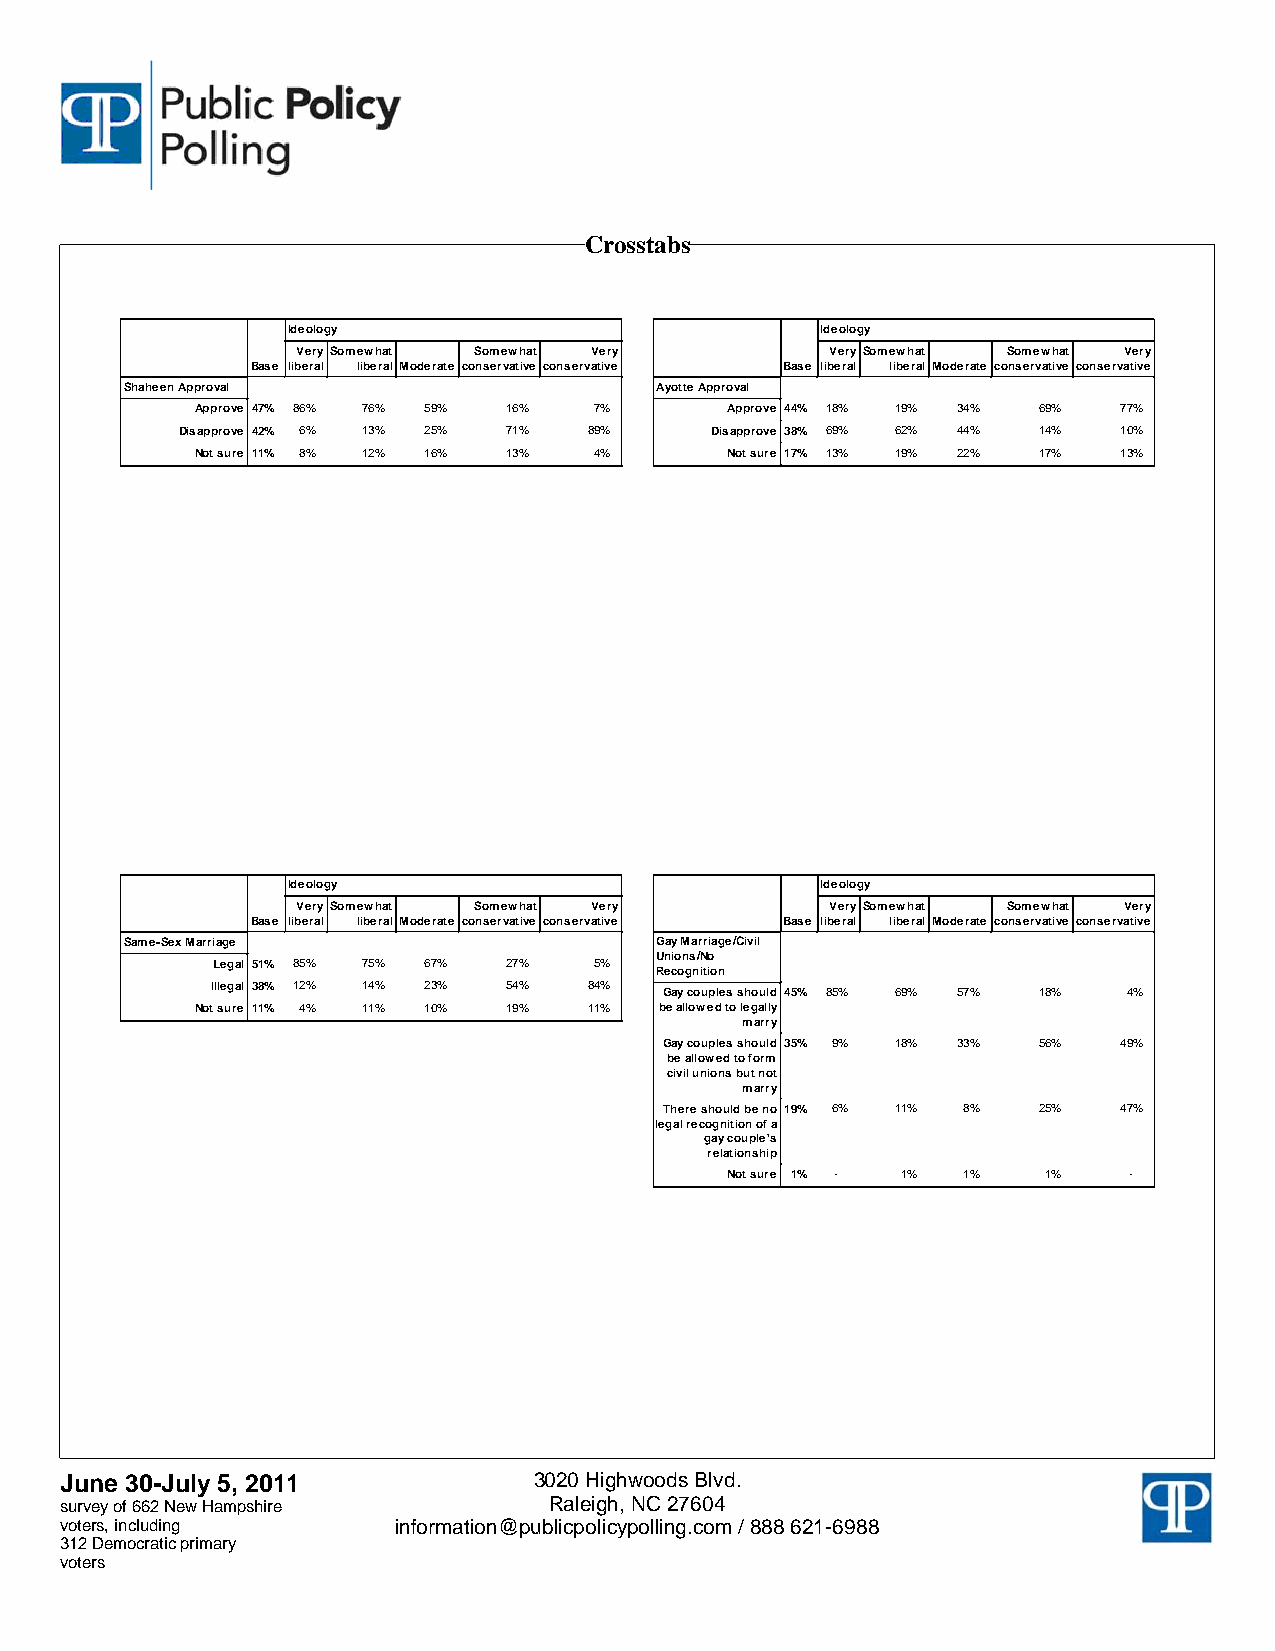
Crosstabs
 Ideology                           Ideology
 VerySomewhat Somewhat Very         VerySomewhat Somewhat Very
 Base liberal liberal Moderate conservative conservative Base liberal liberal Moderate conservative conservative
 Shaheen Approval                   Ayotte Approval
 Approve 47% 86% 76% 59% 16% 7%     Approve 44% 18% 19% 34% 69% 77%
 Disapprove 42% 6% 13% 25% 71% 89%  Disapprove 38% 69% 62% 44% 14% 10%
 Not sure 11% 8% 12% 16% 13% 4%     Not sure 17% 13% 19% 22% 17% 13%
 Ideology                           Ideology
 VerySomewhat Somewhat Very         VerySomewhat Somewhat Very
 Base liberal liberal Moderate conservative conservative Base liberal liberal Moderate conservative conservative
 Same-Sex Marriage                  Gay Marriage/Civil
 Unions/No
 Legal 51% 85% 75% 67% 27% 5%
 Recognition
 Illegal 38% 12% 14% 23% 54% 84% Gay couples should 45% 85% 69% 57% 18% 4%
 Not sure 11% 4% 11% 10% 19% 11% be allowed to legally
 marry
 Gay couples should 35% 9% 18% 33% 56% 49%
 be allowed to form
 civil unions but not
 marry
 There should be no 19% 6% 11% 8% 25% 47%
 legal recognition of a
 gay couple's
 relationship
 Not sure 1% - 1% 1%  1%    -
 JJuunnee 3300--JJuullyy 55,, 22001111 3020 Highwoods Blvd.
 ssuurrvveeyy ooff 666622 NNeeww HHaammppsshhiirree Raleigh, NC 27604
 vvootteerrss,, iinncclluuddiinngg information@publicpolicypolling.com / 888 621-6988
 331122 DDeemmooccrraattiicc pprriimmaarryy
 vvootteerrss